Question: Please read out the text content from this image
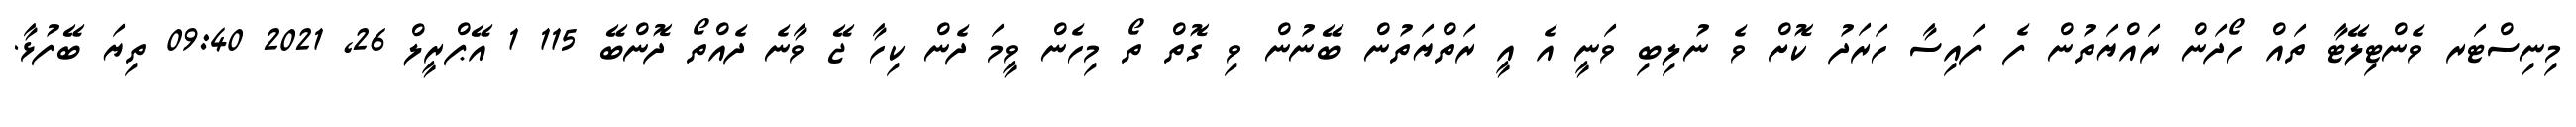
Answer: މިނިސްޓަރ ވެންޓިލޭޓާ ތައް ހޯދަން ރައްޔަތުން ފެ ފައިސާ ހަރަދު ކޮށް ވެ ނުލިބި ވަނީ އެ އީ ރަތްޔަތުން ބޭނުން ވި ގޮތް ތޯ މިހެން ވީމަ ދެން ކިހާ ޖޭ ވާނެ ދެއްތޯ ދޮންބޭ 115 1 އޭޕްރީލް 26, 2021 09:40 ތިޔަ ބޭފުޅާ.